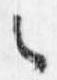
之